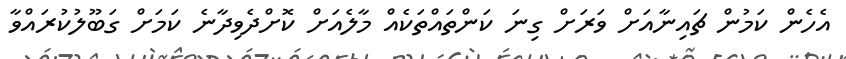
އެހެން ކަމުން ޗައިނާއަށް ވަރަށް ގިނަ ކަންތައްތަކެއް މާލެއަށް ކޮށްދެވިދާނެ ކަމަށް ގަބޫލުކުރައްވާ